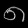
Digit: ၈